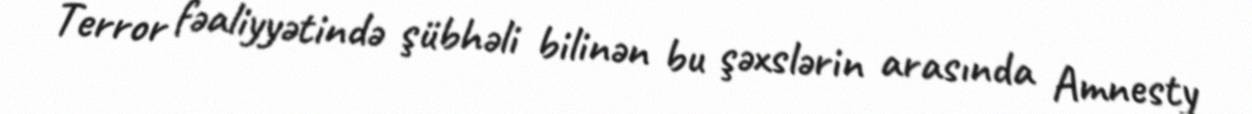
Terror fəaliyyətində şübhəli bilinən bu şəxslərin arasında Amnesty